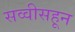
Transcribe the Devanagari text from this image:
सव्वीसहून